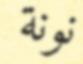
نونة